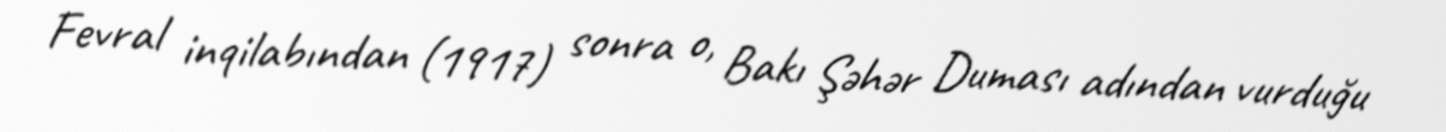
Fevral inqilabından (1917) sonra o, Bakı Şəhər Duması adından vurduğu